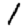
Digit: 1